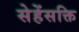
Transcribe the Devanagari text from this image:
सेहेंसक्ति